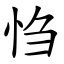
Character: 㤘